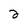
Character: 2